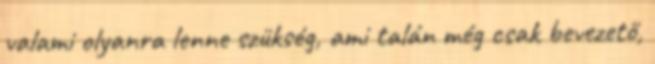
valami olyanra lenne szükség, ami talán még csak bevezető,